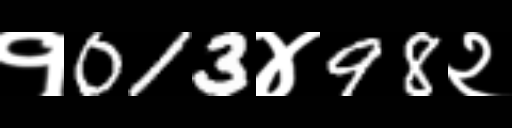
Text: १013४98२